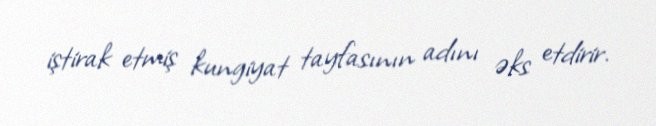
iştirak etmiş kungiyat tayfasının adını əks etdirir.